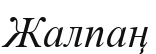
Жалпаң